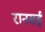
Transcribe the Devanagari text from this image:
रानसई